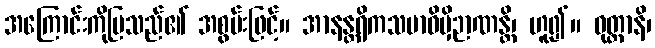
အကြောင်းကိုပြသည်၏ အစွမ်းဖြင့်။ အာနန္တရိကသမာဓိမှိဉာဏန္တိ၊ ဟူ၍။ ဝုတ္တာနိ၊